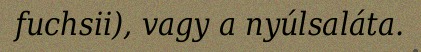
fuchsii), vagy a nyúlsaláta.